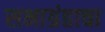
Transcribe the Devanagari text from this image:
सभाग्रंहाचा